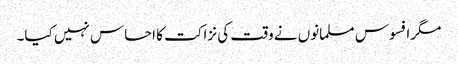
مگرافسوس مسلمانوں نے وقت کی نزاکت کا احساس نہیں کیا۔